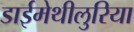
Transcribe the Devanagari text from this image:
डाईमेथीलुरिया